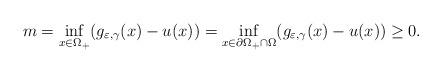
LaTeX: \begin{align*}m=\inf_{x\in\Omega_+}(g_{\varepsilon,\gamma}(x)-u(x))=\inf_{x\in\partial\Omega_+\cap\Omega}(g_{\varepsilon,\gamma}(x)-u(x))\ge 0.\end{align*}